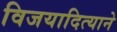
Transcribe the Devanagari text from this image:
विजयादित्याने